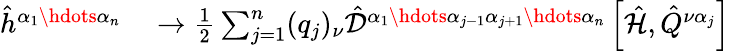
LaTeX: \begin{array}{rl}{\hat{h}^{\alpha_{1}\hdots\alpha_{n}}}&{{}\to\frac{1}{2}\sum_{j=1}^{n}(q_{j})_{\nu}\hat{\mathcal{D}}^{\alpha_{1}\hdots\alpha_{j-1}\alpha_{j+1}\hdots\alpha_{n}}\left[\hat{\mathcal{H}}\right.,\left.\hat{Q}^{\nu\alpha_{j}}\right]}\end{array}